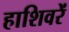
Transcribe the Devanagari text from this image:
हाशिवरें